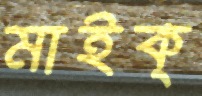
মাইক্